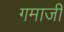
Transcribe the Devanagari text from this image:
गमाजी